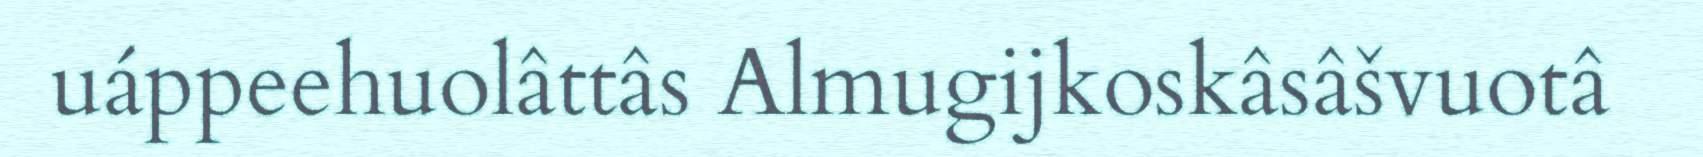
uáppeehuolâttâs Almugijkoskâsâšvuotâ